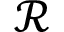
\mathcal { R }